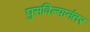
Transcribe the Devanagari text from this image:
घुसविल्यानंतर